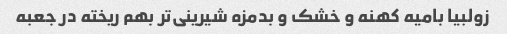
زولبیا بامیه کهنه و خشک و بدمزه شیرینی‌تر بهم ریخته در جعبه